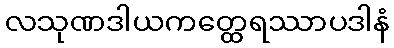
လသုဏဒါယကတ္ထေရဿာပဒါနံ